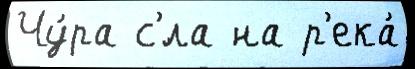
Чу́ра с'́ла на р'ека́